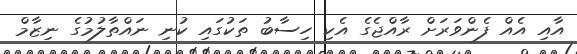
އާއި އެއް ފެންވަރަށް ރާއްޖެގެ އެކި ހިސާބު ތަކުގައި ކުނި ނައްތާލުމުގެ ނިޒާމް